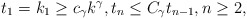
\begin{align*} t_1=k_1\geq c_{\gamma}k^{\gamma}, t_n \leq C_{\gamma}t_{n-1}, n\geq 2, \end{align*}